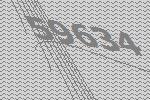
59634